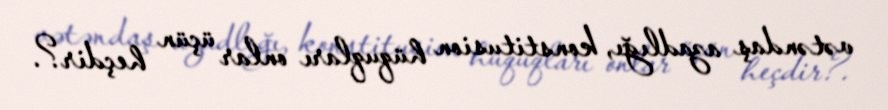
vətəndaş azadlığı, konstitusion hüquqları onlar üçün heçdir?.